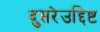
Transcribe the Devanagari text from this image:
दुसरेउद्दिष्ट